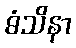
ဓံသိနာ